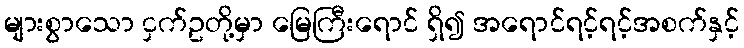
များစွာသော ငှက်ဥတို့မှာ မြေကြီးရောင် ရှိ၍ အရောင်ရင့်ရင့်အစက်နှင့်